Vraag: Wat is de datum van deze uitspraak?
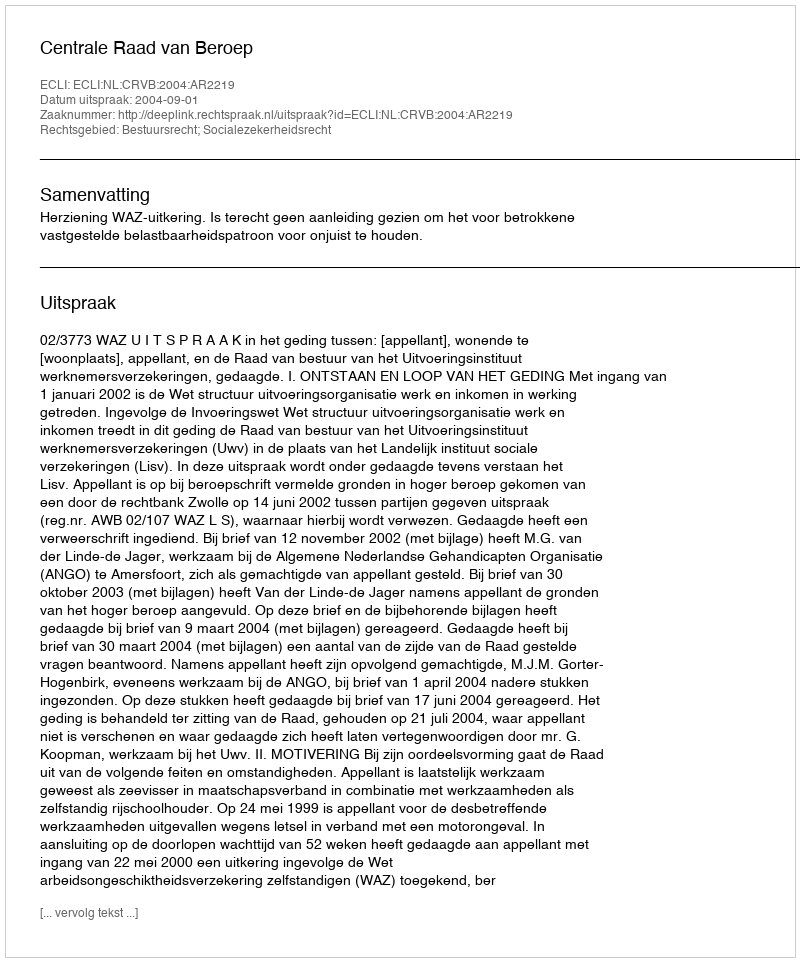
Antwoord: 2004-09-01